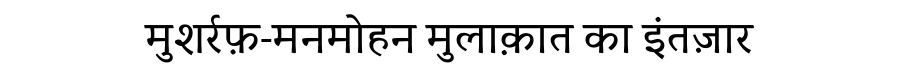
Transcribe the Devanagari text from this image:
मुशर्रफ़-मनमोहन मुलाक़ात का इंतज़ार